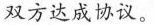
双方达成协议。